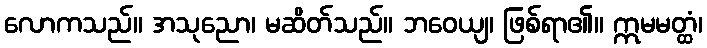
လောကသည်။ အသုညော၊ မဆိတ်သည်။ ဘဝေယျ၊ ဖြစ်ရာ၏။ ဣမမတ္ထံ၊